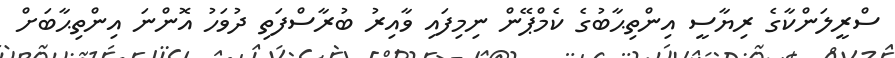
ސްރީލަންކާގެ ރިޔާސީ އިންތިޙާބުގެ ކެމްޕޭން ނިމިފައި ވާއިރު ބުރާސްފަތި ދުވަހު އޮންނަ އިންތިޙާބަށް